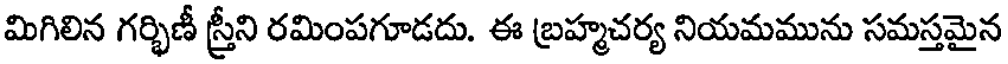
మిగిలిన గర్భిణీ స్త్రీని రమింపగూడదు. ఈ బ్రహ్మచర్య నియమమును సమస్తమైన